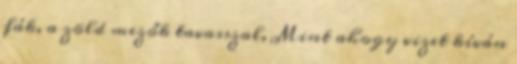
fák, a zöld mezők tavasszal, Mint ahogy vizet kíván